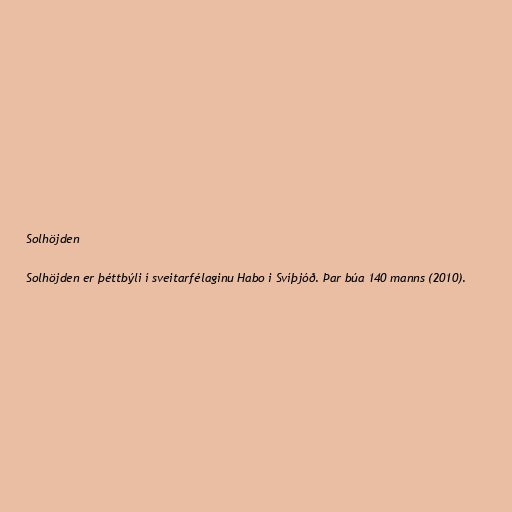
Solhöjden

Solhöjden er þéttbýli í sveitarfélaginu Habo i Svíþjóð. Þar búa 140 manns (2010).